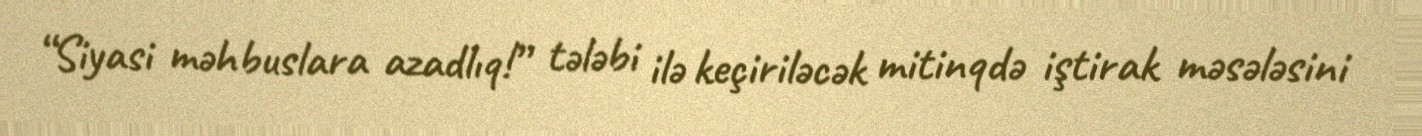
“Siyasi məhbuslara azadlıq!” tələbi ilə keçiriləcək mitinqdə iştirak məsələsini